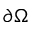
\partial \Omega